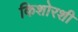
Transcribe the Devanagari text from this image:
किशोरशी